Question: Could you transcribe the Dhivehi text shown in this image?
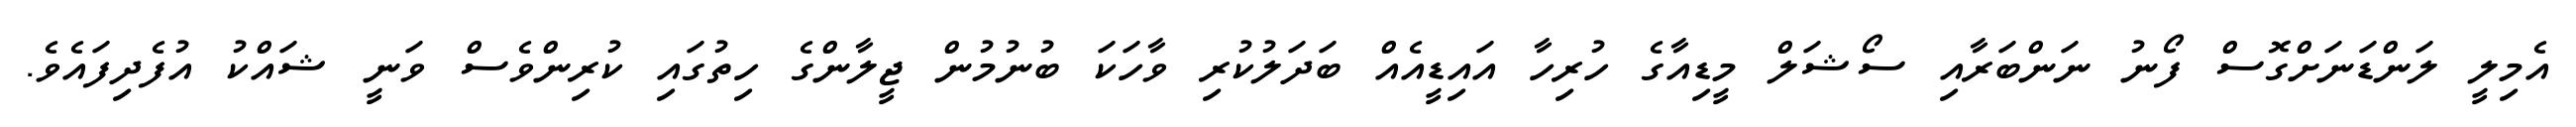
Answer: އެމިލީ ލަންޑަނަށްގޮސް ފޯނު ނަންބަރާއި ސޯޝަލް މީޑިއާގެ ހުރިހާ އައިޑީއެއް ބަދަލުކުރި ވާހަކަ ބުނުމުން ޖީލާންގެ ހިތުގައި ކުރިންވެސް ވަނީ ޝައްކު އުފެދިފައެވެ.